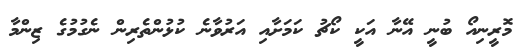
މޮރީނިއޯ ބުނީ އޭނާ އަކީ ކޯޗު ކަމަށާއި އަރުވާނެ ކުޅުންތެރިން ނެގުމުގެ ޒިންމާ